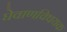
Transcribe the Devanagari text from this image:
घेवाणविषयक